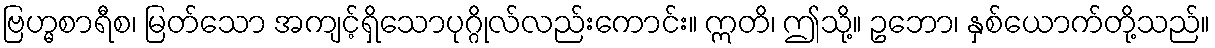
ဗြဟ္မစာရီစ၊ မြတ်သော အကျင့်ရှိသောပုဂ္ဂိုလ်လည်းကောင်း။ ဣတိ၊ ဤသို့။ ဥဘော၊ နှစ်ယောက်တို့သည်။